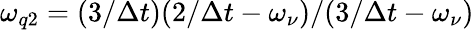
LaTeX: \omega_{q2}=(3/\Delta t)(2/\Delta t-\omega_{\nu})/(3/\Delta t-\omega_{\nu})